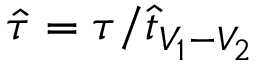
\hat { \tau } = \tau / \hat { t } _ { V _ { 1 } - V _ { 2 } }